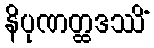
နိပုဏတ္ထဒဿိံ